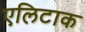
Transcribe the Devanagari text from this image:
एलिटाक